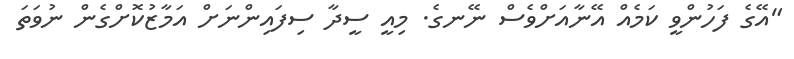
"އޭގެ ފަހުންވީ ކަމެއް އޭނާއަށްވެސް ނޭނގެ. މިއީ ސީދާ ސިފައިންނަށް އަމާޒުކޮށްގެން ނުވަތަ